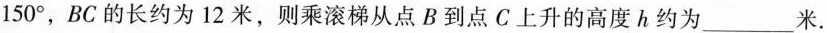
1 5 0 °$$，BC的长约为12米，则乘滚梯从点B到点C上升的高度h约为___米.